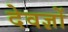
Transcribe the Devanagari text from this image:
देवज्ञों